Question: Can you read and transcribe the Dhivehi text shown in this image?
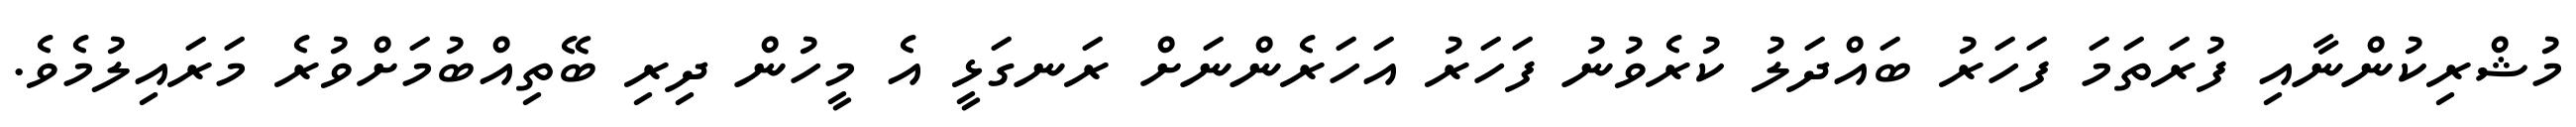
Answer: މުޝްރިކުންނާއި ފުރަތަމަ ފަހަރު ބައްދަލު ކުރެވުނު ފަހަރު އަހަރެންނަށް ރަނގަޅީ އެ މީހުން ދިރި ބޭތިއްބުމަށްވުރެ މަރައިލުމެވެ.